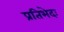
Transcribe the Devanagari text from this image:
प्रतिभेदः